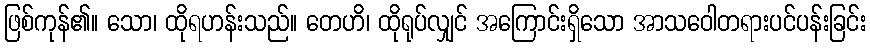
ဖြစ်ကုန်၏။ သော၊ ထိုရဟန်းသည်။ တေဟိ၊ ထိုရုပ်လျှင် အကြောင်းရှိသော အာသဝေါတရားပင်ပန်းခြင်း